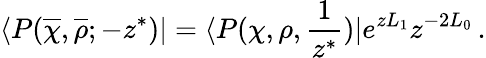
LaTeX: \langle P(\overline{{\chi}},\overline{{\rho}};-z^{\ast})|=\langle P(\chi,\rho,{\frac{1}{z^{\ast}}})|e^{zL_{1}}z^{-2L_{0}}\, .